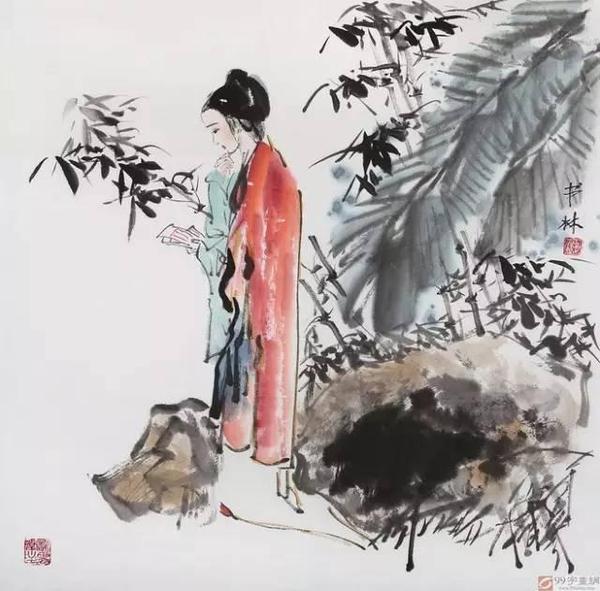
春风不相识，何事入罗帏。